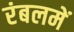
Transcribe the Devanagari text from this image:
रंबलमें